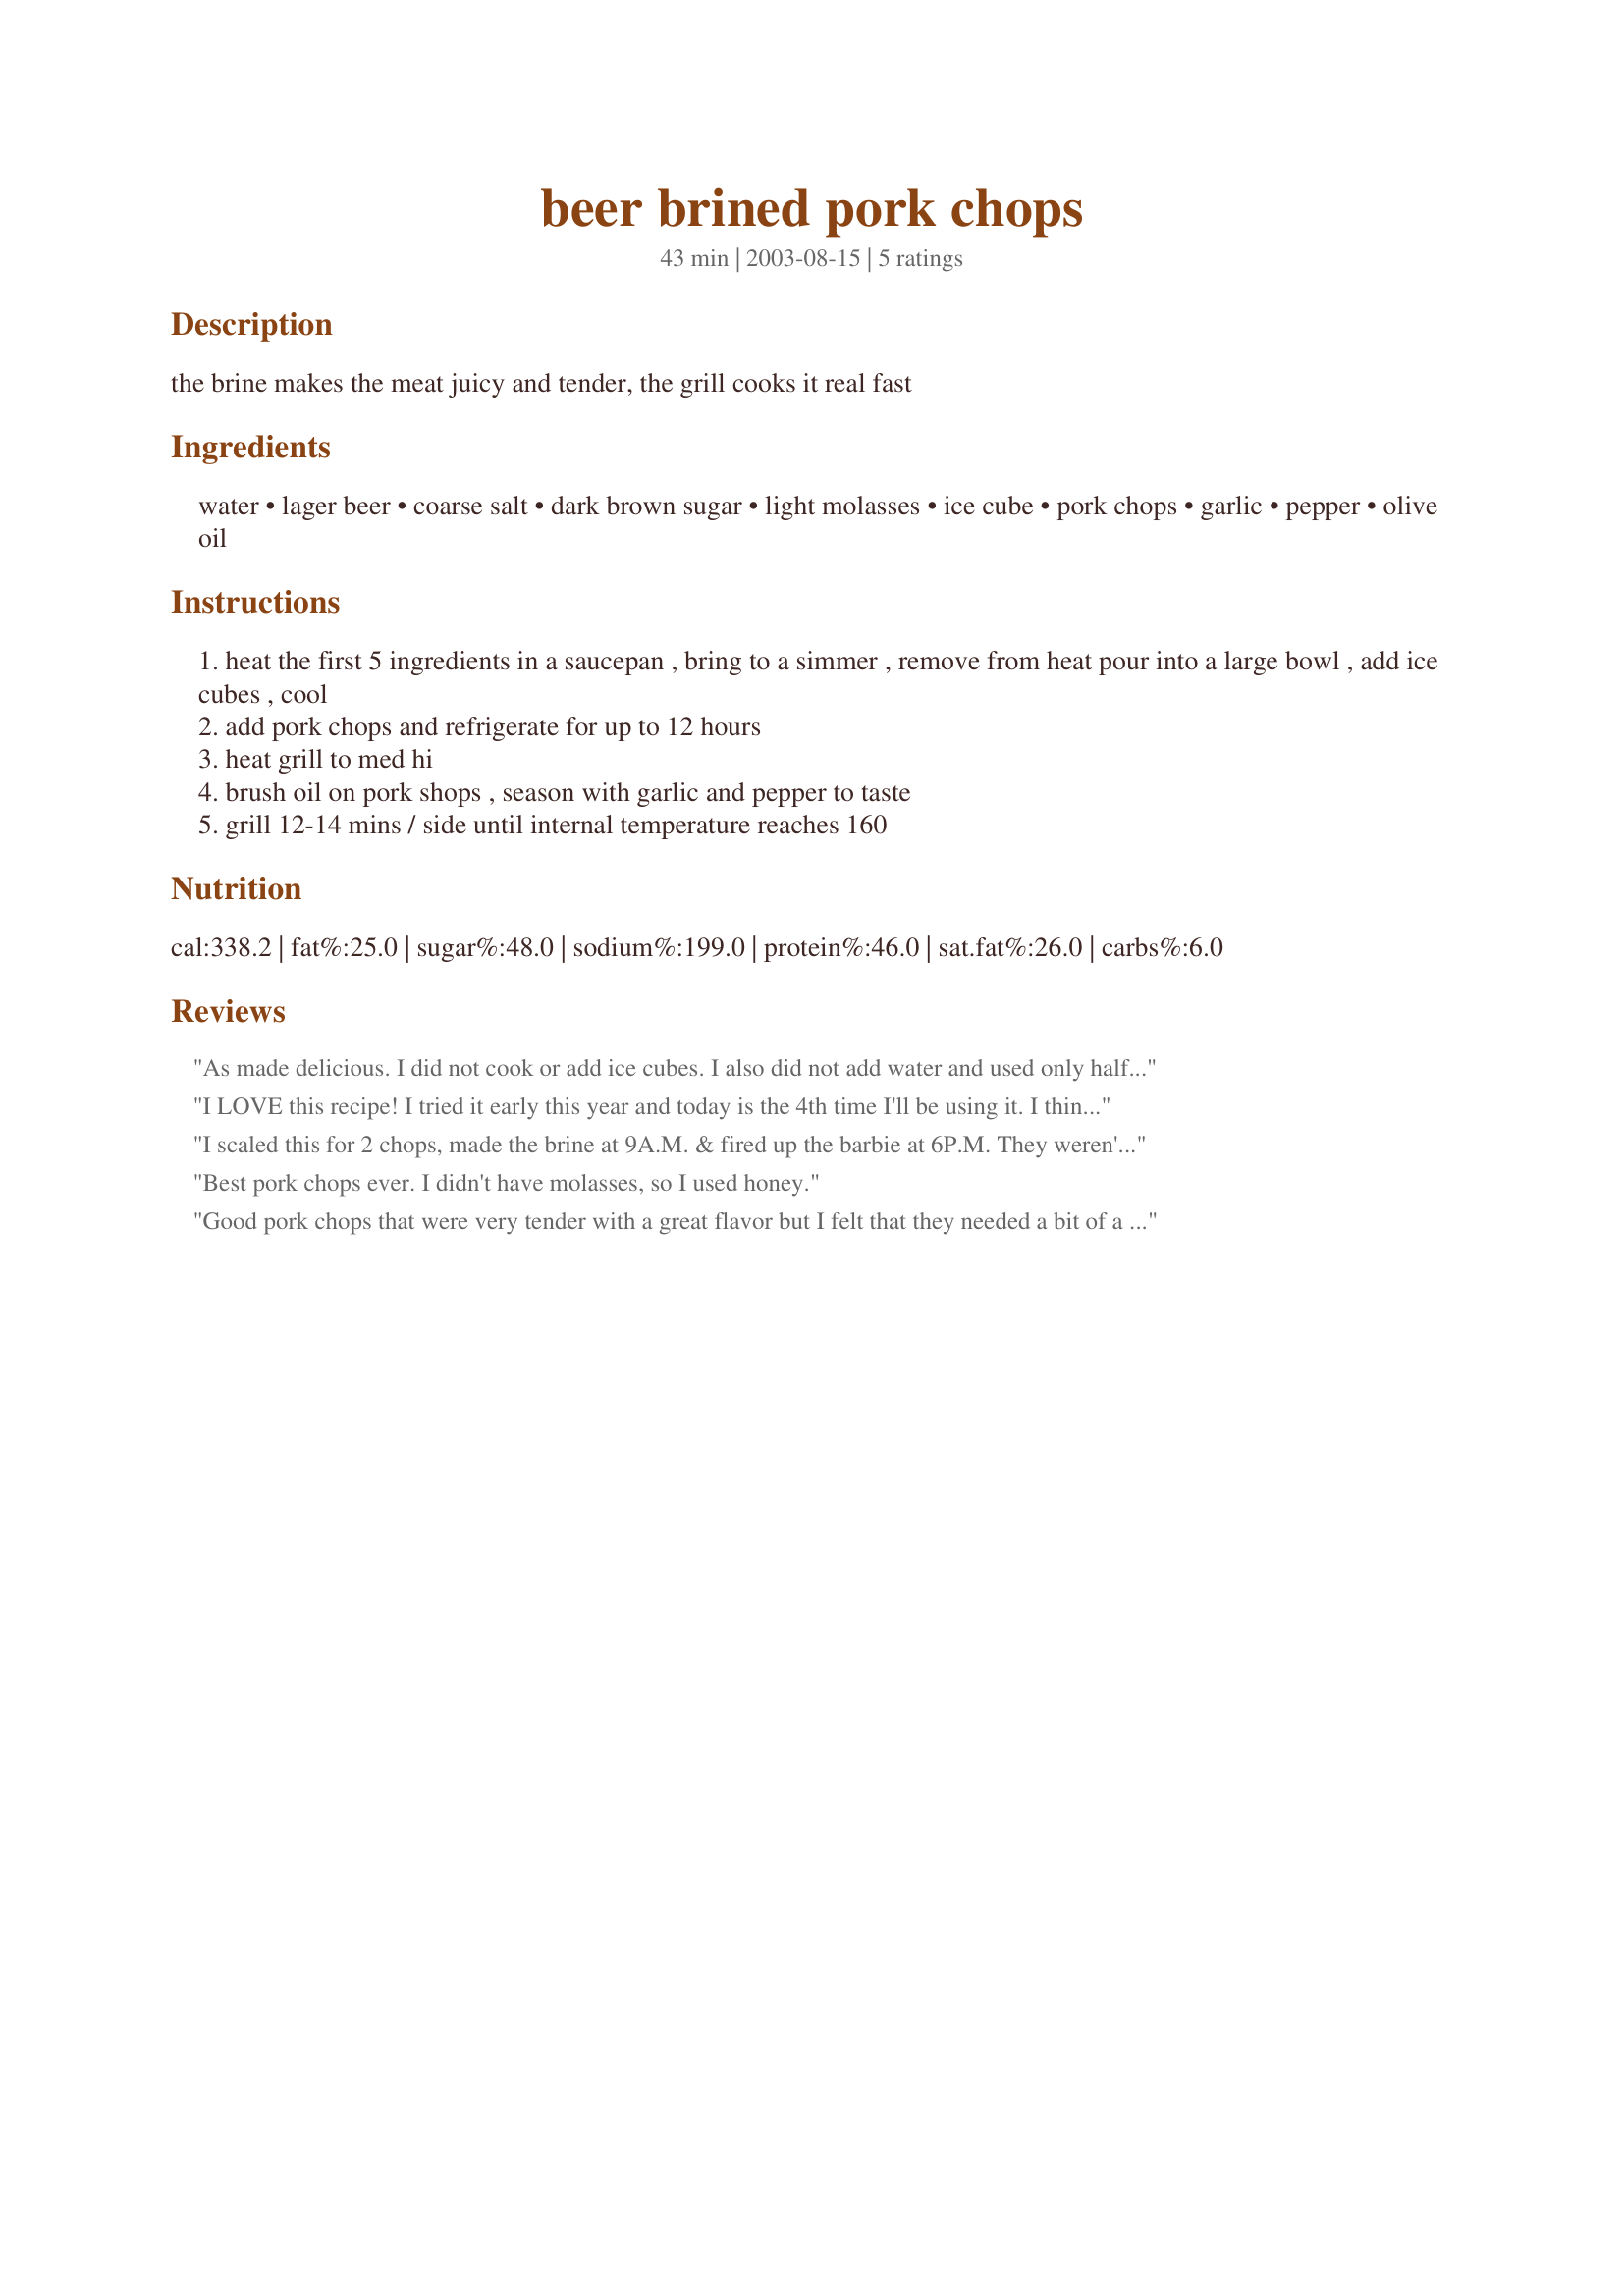
beer brined pork chops
Preparation time: 43 minutes

the brine makes the meat juicy and tender, the grill cooks it real fast

Ingredients:
water, lager beer, coarse salt, dark brown sugar, light molasses, ice cube, pork chops, garlic, pepper, olive oil

Steps:
heat the first 5 ingredients in a saucepan , bring to a simmer , remove from heat pour into a large bowl , add ice cubes , cool
add pork chops and refrigerate for up to 12 hours
heat grill to med hi
brush oil on pork shops , season with garlic and pepper to taste
grill 12-14 mins / side until internal temperature reaches 160

Reviews:
As made delicious. I did not cook or add ice cubes. I also did not add water and used only half salt. Took a great idea and tweeked for my ease and taste and could not have been better. Used Guiness dark and marinated over night. Great, but different, which for me makes for a great recipe. Unique in a good way.
I LOVE this recipe! I tried it early this year and today is the 4th time I'll be using it. I think I'm addicted. The chops are tender and exploding with flavor. I did change it just a bit... I put some fresh minced garlic in the brine (just a little). The flavor is out of this world, especially if grilled with hickory or mesquite.
I scaled this for 2 chops, made the brine at 9A.M. & fired up the barbie at 6P.M. They weren't the most tender chops I've eaten, possibly because my husband overcooked them (I wasn't watching him). The taste was excellent - love that garlic flavour. Thanx Chia!

Best pork chops ever. I didn't have molasses, so I used honey.
Good pork chops that were very tender with a great flavor but I felt that they needed a bit of a kick -- maybe a bit of tabasco. Thanks Chia for sharing this very-easy-to-follow recipe.
